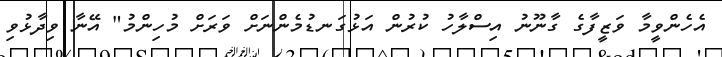
އެހެންވީމާ ވަޒީފާގެ ގާނޫނު އިސްލާހު ކުރުން އަޅުގަނޑުމެންނަށް ވަރަށް މުހިންމު" އޭނާ ވިދާޅުވި